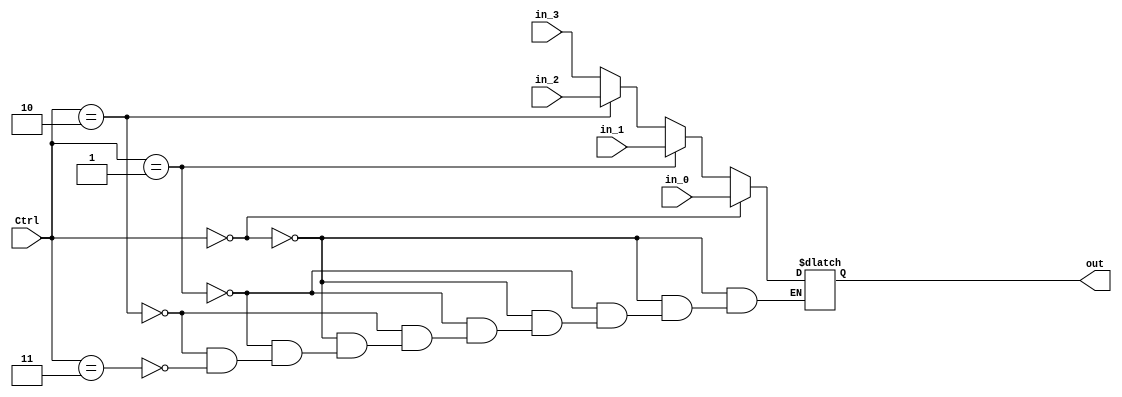
`timescale 1ns / 1ps
//////////////////////////////////////////////////////////////////////////////////
// Company: 
// Engineer: 
// 
// Design Name: 
// Module Name:    Mux_4_1 
// Project Name: 
// Target Devices: 
// Tool versions: 
// Description: 
//
// Dependencies: 
//
// Revision: 
// Revision 0.01 - File Created
// Additional Comments: 
//
//////////////////////////////////////////////////////////////////////////////////
module Mux_4_1(Ctrl, in_0, in_1, in_2, in_3, out);
	input wire [1:0] Ctrl;
	input wire [31:0] in_0, in_1, in_2, in_3;
	output reg [31:0] out;
	
	always @(Ctrl or in_0 or in_1 or in_2 or in_3) begin
		if (Ctrl == 2'b00)
			out = in_0;
		else if (Ctrl == 2'b01)
			out = in_1;
		else if (Ctrl == 2'b10)
			out = in_2;
		else if (Ctrl == 2'b11)
			out = in_3;
	end
	
endmodule